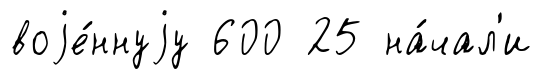
воjе́ннуjу 600 25 на́чал'и